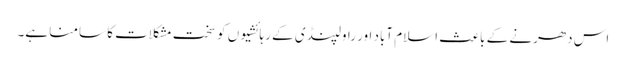
اس دھرنے کے باعث اسلام آباد اور راولپنڈی کے رہائشیوں کو سخت مشکلات کا سامنا ہے۔